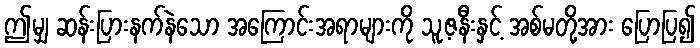
ဤမျှ ဆန်းပြားနက်နဲသော အကြောင်းအရာများကို သူ့ဇနီးနှင့် အစ်မတို့အား ပြောပြ၍